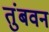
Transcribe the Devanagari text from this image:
तुंबवन